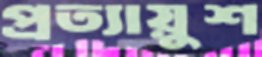
প্রত্যায়ুশ